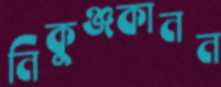
নিকুঞ্জকানন